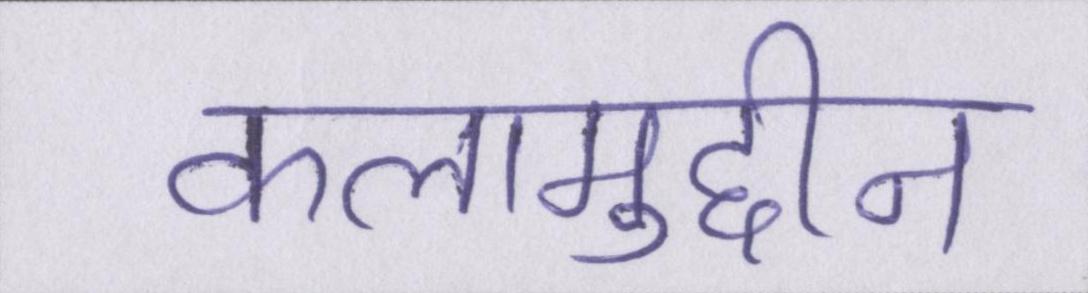
कलामुद्दीन